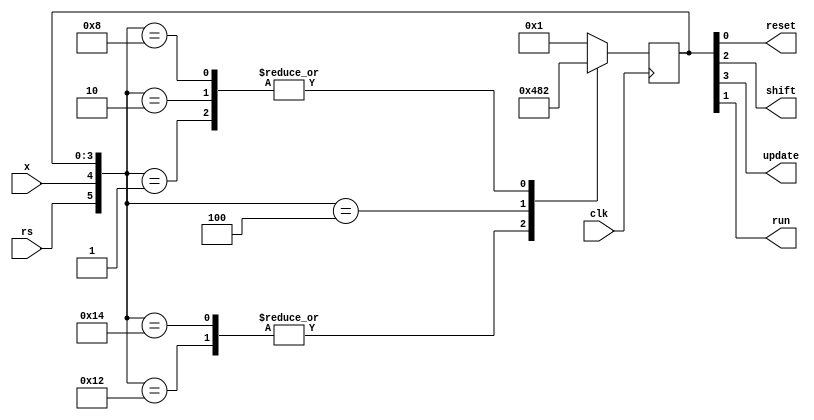
module fsm (clk, x, rs, reset, shift, update, run);
parameter RS = 4'b0001; // Reset state
parameter RI = 4'b0010; // Run/Idle state
parameter SH = 4'b0100; // Shift state
parameter UP = 4'b1000; // Update state
input clk;
input x;
input rs;
output reset, shift, update, run;
reg [3:0] state;

always @(posedge clk)
begin
	casex({rs,x,state}) //custom bus selector using dont cares
	6'b1xxxxx: state = RS; //for handling the resets
	6'b010001: state = RS; //transitions from the state diagram
	6'b000001: state = RI;
	6'b010010: state = SH;
	6'b000010: state = RI;
	6'b010100: state = SH;
	6'b000100: state = UP;
	6'b011000: state = RS;
	6'b001000: state = RI;
	default: state = RS;
	endcase
end

assign reset = state[0]; //assigning outputs
assign run = state[1];
assign shift = state[2];
assign update = state[3];



endmodule